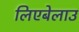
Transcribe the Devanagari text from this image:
लिएबेलाउ